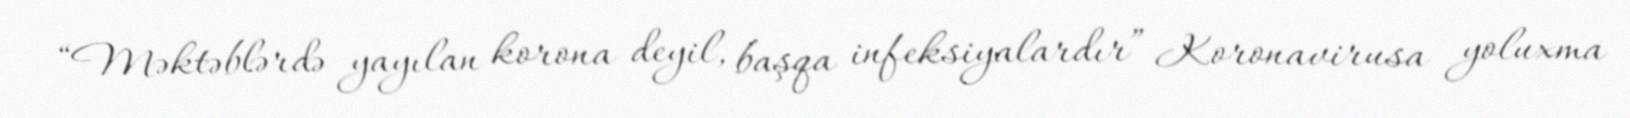
“Məktəblərdə yayılan korona deyil, başqa infeksiyalardır” Koronavirusa yoluxma